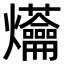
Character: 𤓝